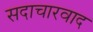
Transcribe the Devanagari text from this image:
सदाचारवाद